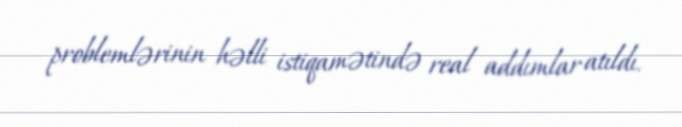
problemlərinin həlli istiqamətində real addımlar atıldı.